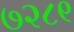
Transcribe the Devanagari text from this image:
७२८९